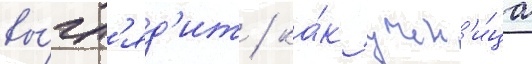
вы́гл'яд'ит / ка́к учен'и́ца